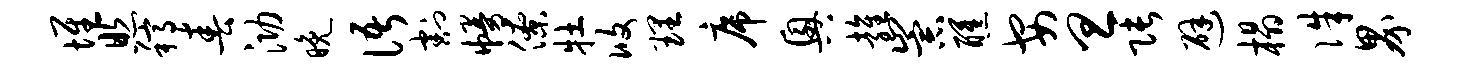
堆照稿春泐晚语割幔僚牡攸理席兴雍崇醺安旦张避榻侏界